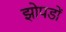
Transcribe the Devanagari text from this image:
झोपडों